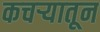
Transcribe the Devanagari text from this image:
कचऱ्यातून